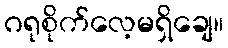
ဂရုစိုက်လေ့မရှိချေ။